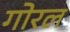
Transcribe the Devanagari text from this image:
गोरल